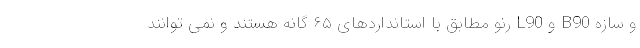
و سازه B90 و L90 رنو مطابق با استانداردهای ۶۵ گانه هستند و نمی توانند